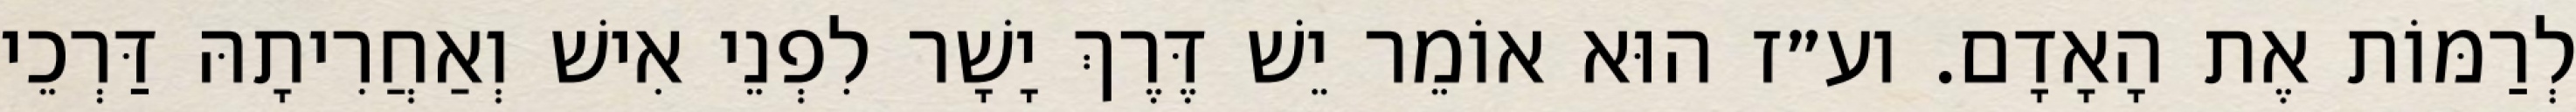
לְרַמּוֹת אֶת הָאָדָם. וע״ז הוּא אוֹמֵר יֵשׁ דֶּרֶךְ יָשָׁר לִפְנֵי אִישׁ וְאַחֲרִיתָהּ דַּרְכֵי